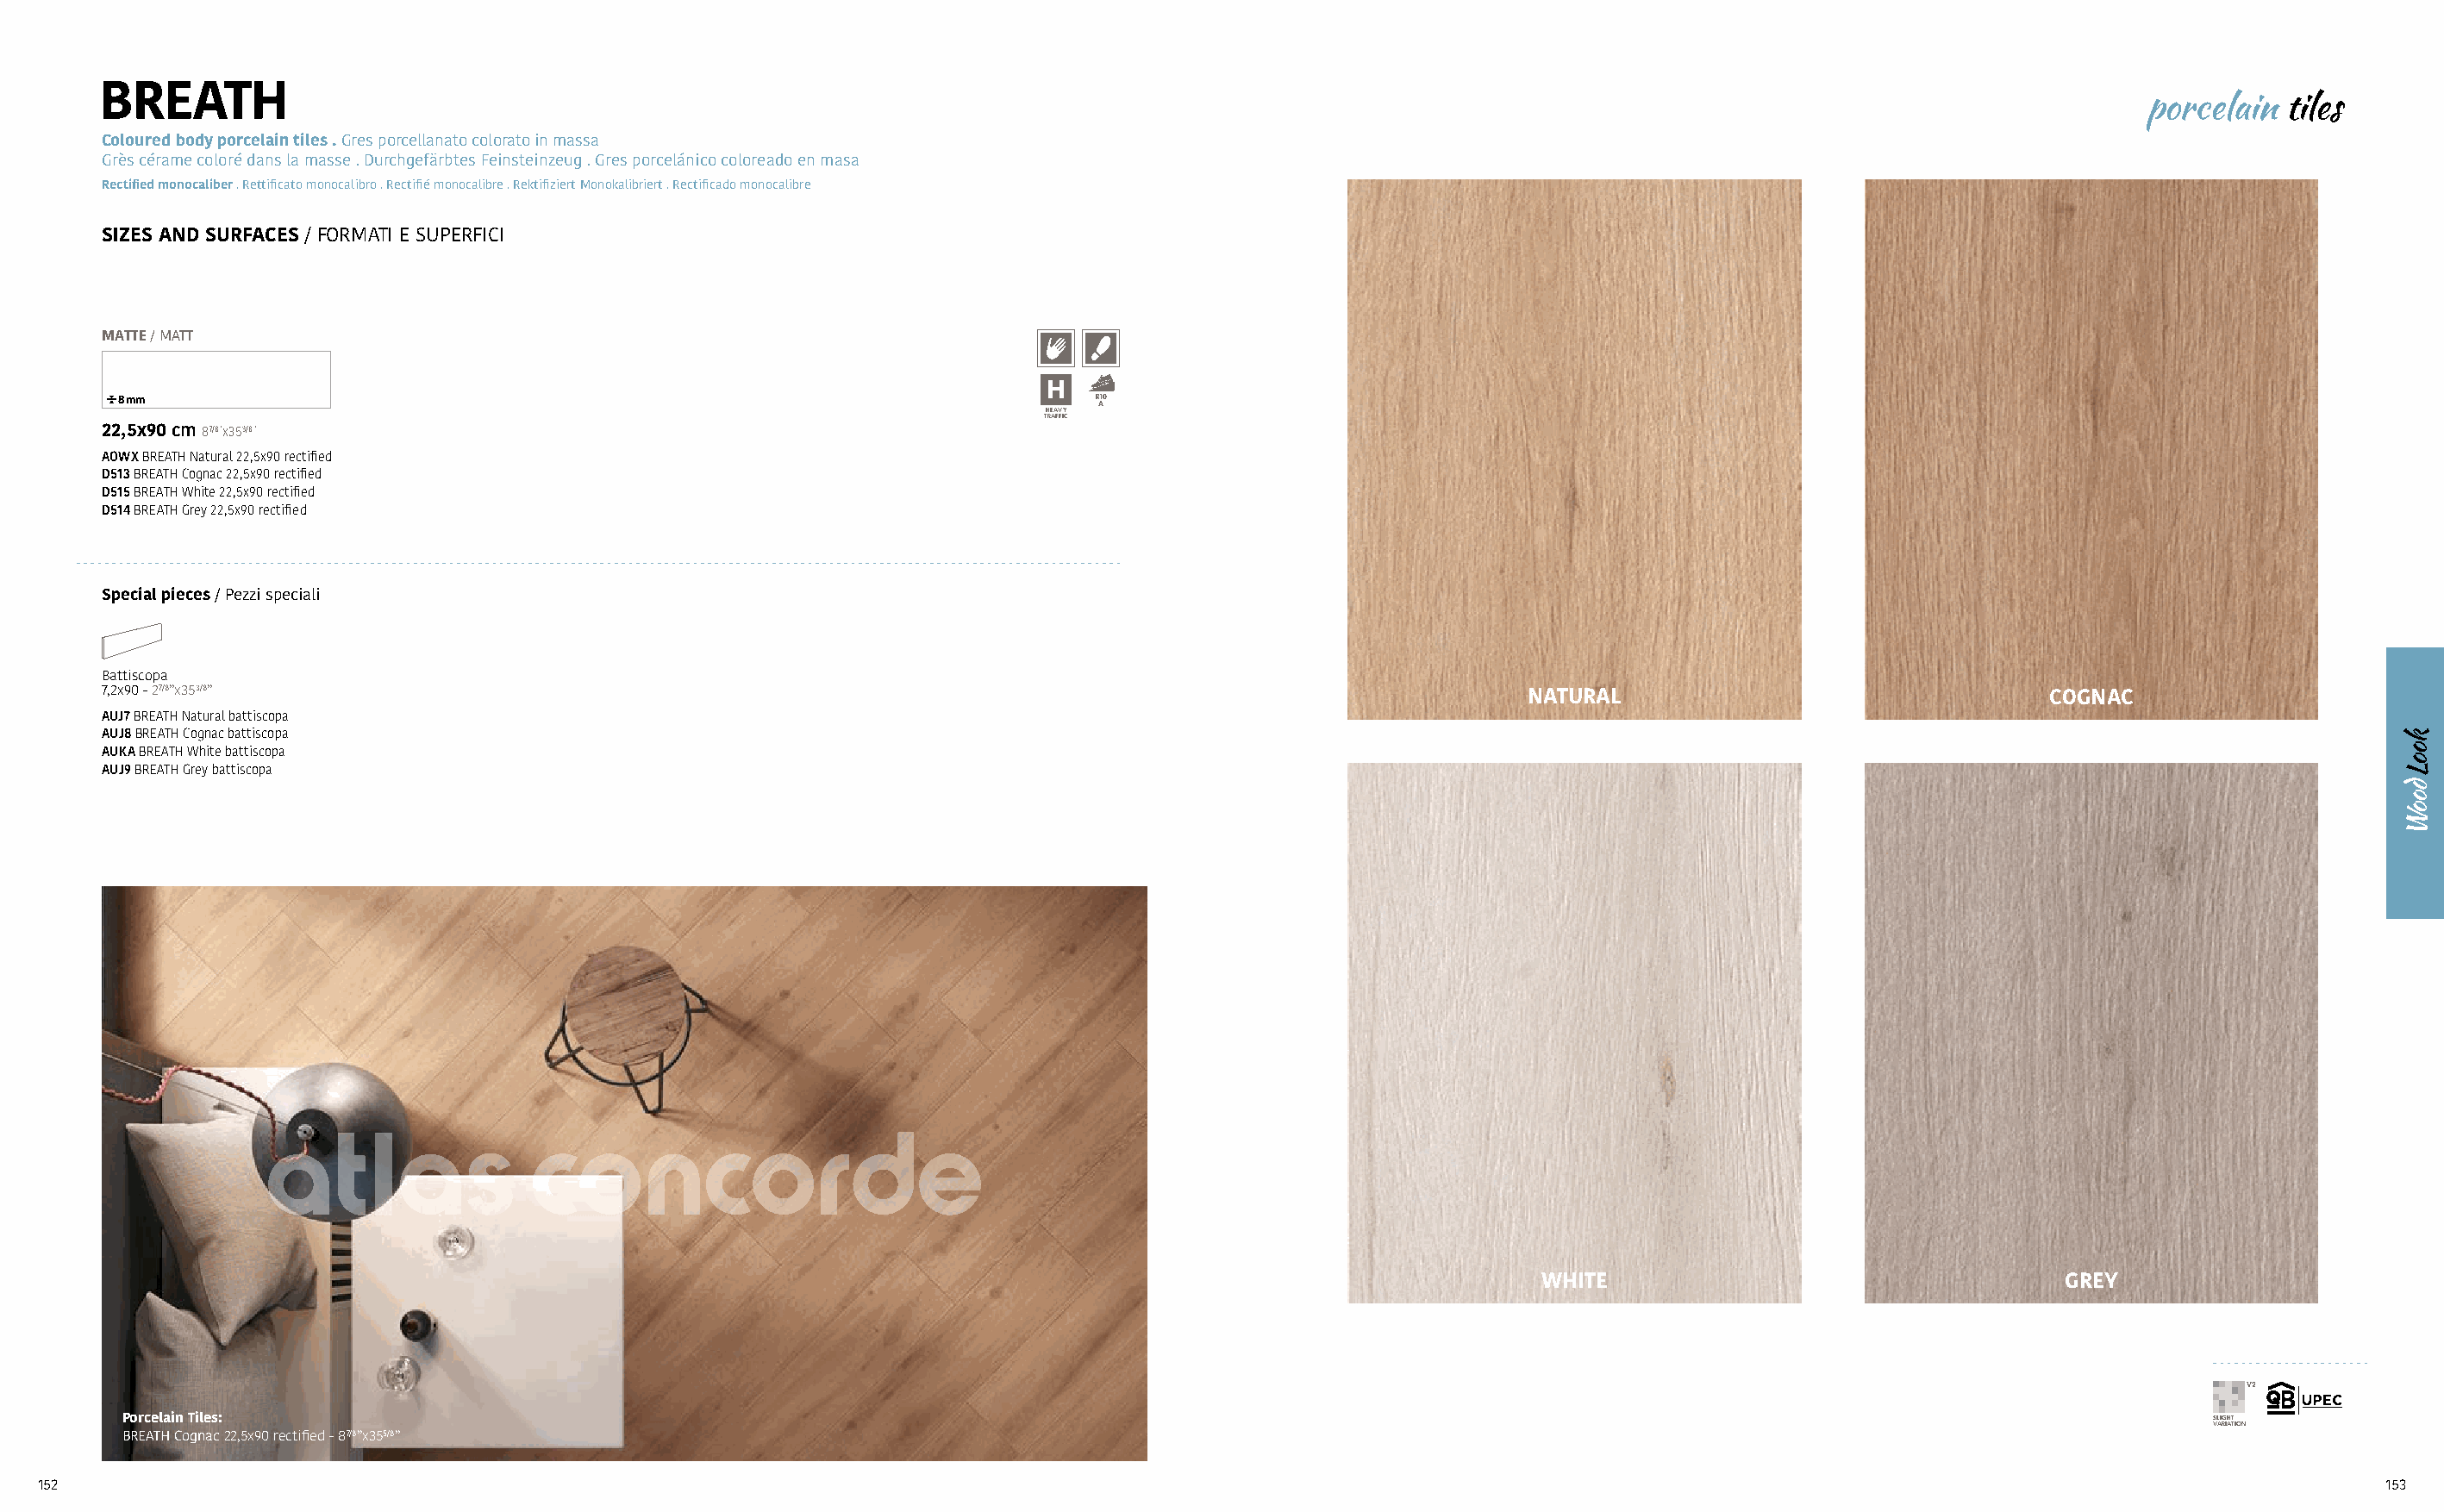
BREATH
 porcelain  tiles
 Coloured body porcelain tiles . Gres porcellanato colorato in massa
 Grès cérame coloré dans la masse . Durchgefärbtes Feinsteinzeug . Gres porcelánico coloreado en masa
 Rectified monocaliber . Rettificato monocalibro . Rectifié monocalibre . Rektifiziert Monokalibriert . Rectificado monocalibre
 SIZES AND SURFACES / FORMATI E SUPERFICI
 MATTE / MATT
 8 mm                                                                       R A10
 HEAVY
 TRAFFIC
 22,5x90 cm 87/8”x353/8”
 AOWX BREATH Natural 22,5x90 rectified
 D513 BREATH Cognac 22,5x90 rectified
 D515 BREATH White 22,5x90 rectified
 D514 BREATH Grey 22,5x90 rectified
 Special pieces / Pezzi speciali
 Battiscopa
 7,2x90 - 27/8”x353/8”                                                                                        NATURAL                                 COGNAC
 AUJ7 BREATH Natural battiscopa
 AUJ8 BREATH Cognac battiscopa
 AUKA BREATH White battiscopa
 AUJ9 BREATH Grey battiscopa
 WHITE                                    GREY
 V2
 Porcelain Tiles:                                                                                                                                                 SLIGHT
 VARIATION
 BREATH Cognac 22,5x90 rectified - 87/8”x355/8”
 152                                                                                                                                                                                 153
 kooL
 dooW